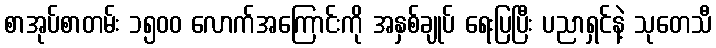
စာအုပ်စာတမ်း ၁၅၀၀ လောက်အကြောင်းကို အနှစ်ချုပ် ရေးပြပြီး ပညာရှင်နဲ့ သုတေသီ